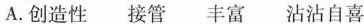
A.创造性接管丰富沾沾自喜